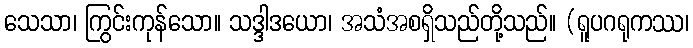
သေသာ၊ ကြွင်းကုန်သော။ သဒ္ဒါဒယော၊ အသံအစရှိသည်တို့သည်။ (ရူပဂရုကဿ၊